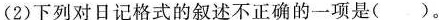
(2)下列对日记格式的叙述不正确的一项是( )。